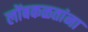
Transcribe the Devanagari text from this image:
लोंबकळतांना